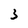
Character: 3